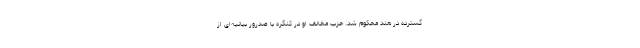
گسترده در هند محکوم شد. حزب مخالف او در کنگره با صدرور بیانیه‌ای از